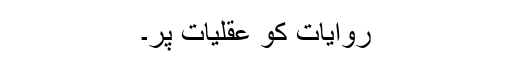
روایات کو عقلیات پر۔